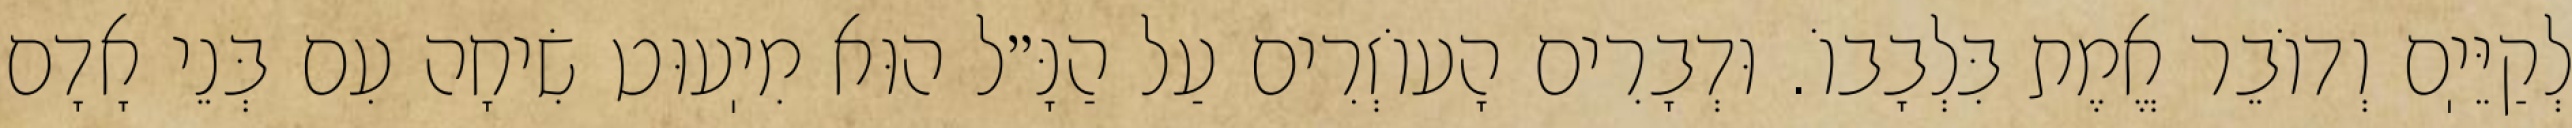
לְקַיֵּיֽם וְדוֹבֵר אֱמֶת בִּלְבָבוֹ. וּדְבָרִים הָעוֹזְרִים עַל הַנָּ״ל הוּא מִיֽעוּט שִׂיחָה עִם בְּנֵי אָדָם